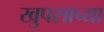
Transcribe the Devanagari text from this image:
खुपसाच्या